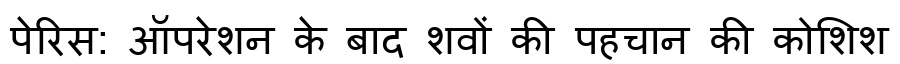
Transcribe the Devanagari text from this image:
पेरिस: ऑपरेशन के बाद शवों की पहचान की कोशिश